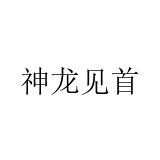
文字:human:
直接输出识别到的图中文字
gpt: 神龙见首